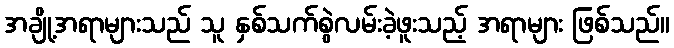
အချို့အရာများသည် သူ နှစ်သက်စွဲလမ်းခဲ့ဖူးသည့် အရာများ ဖြစ်သည်။